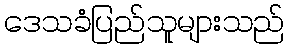
ဒေသခံပြည်သူများသည်